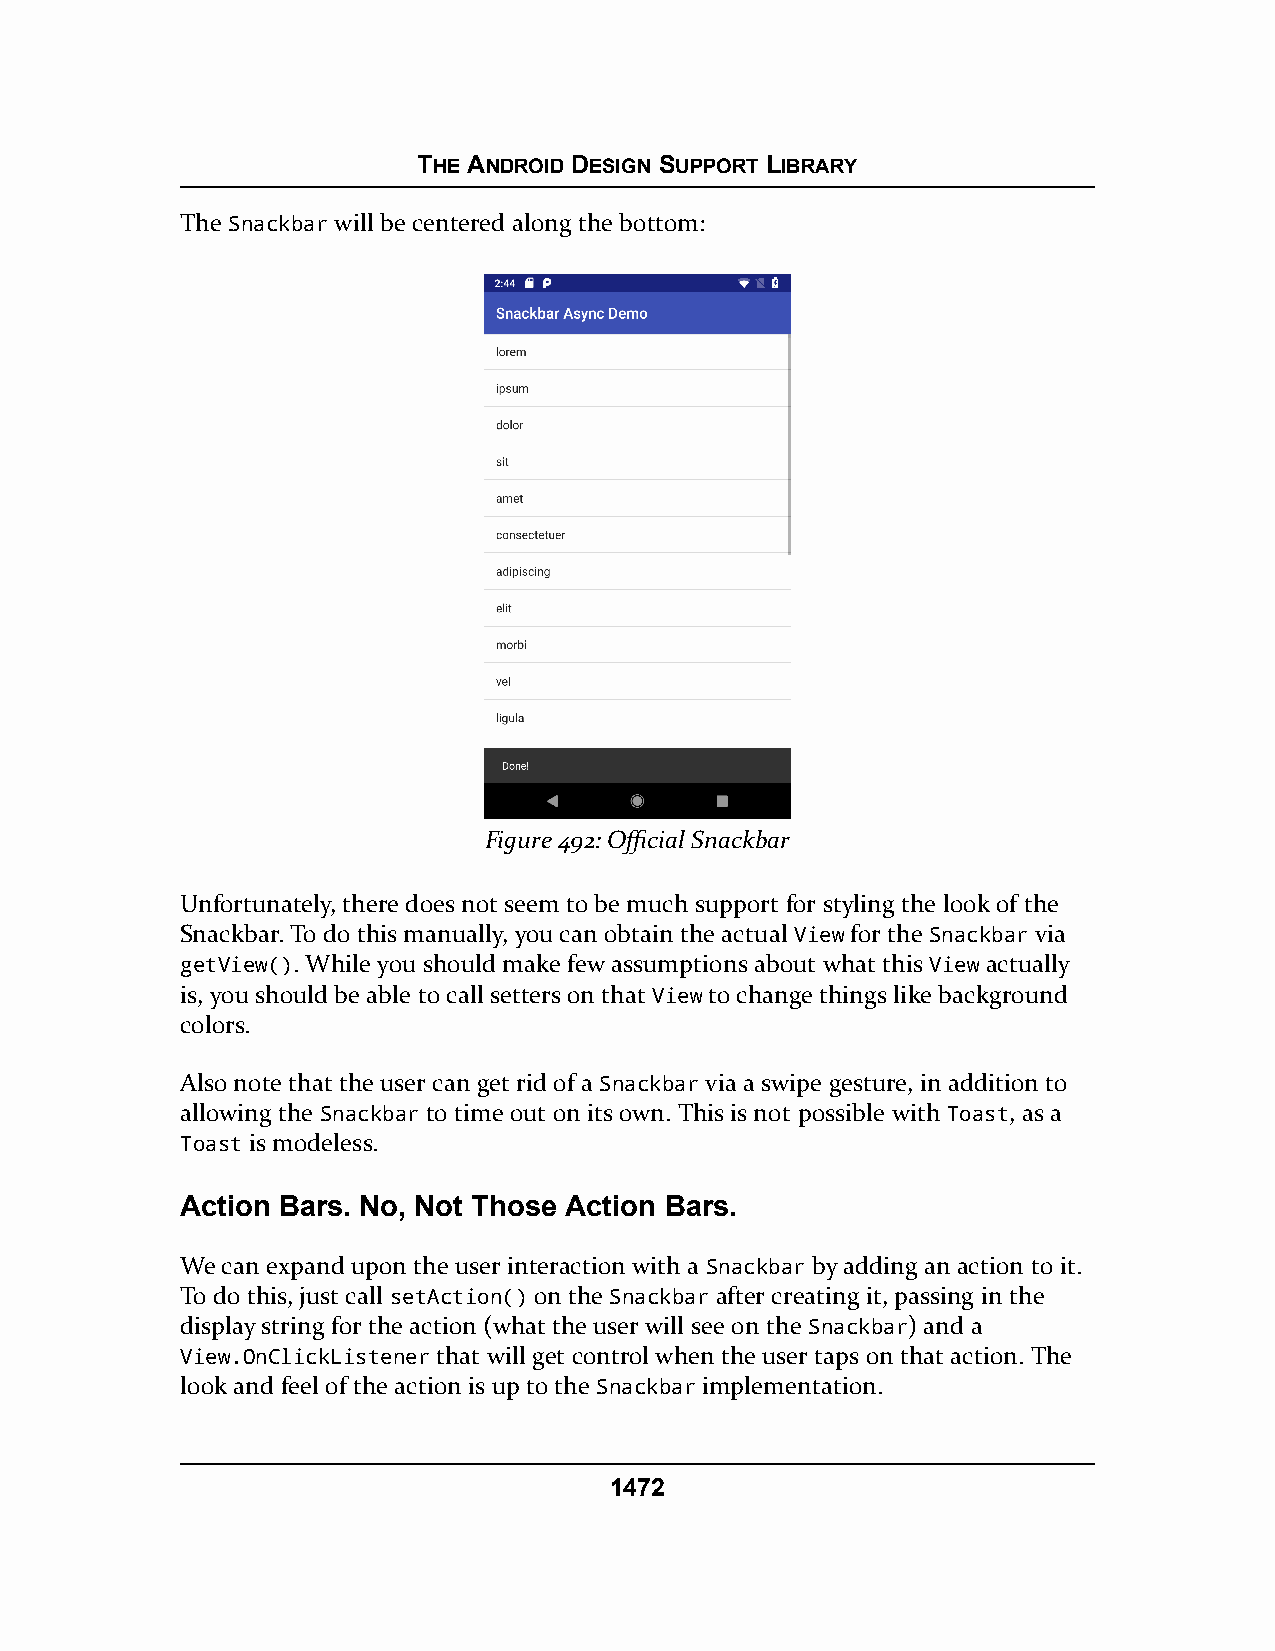
THE ANDROID DESIGN SUPPORT LIBRARY
 The Snackbar will be centered along the bottom:
 Figure 492: Official Snackbar
 Unfortunately, there does not seem to be much support for styling the look of the
 Snackbar. To do this manually, you can obtain the actual View for the Snackbar via
 getView(). While you should make few assumptions about what this View actually
 is, you should be able to call setters on that View to change things like background
 colors.
 Also note that the user can get rid of a Snackbar via a swipe gesture, in addition to
 allowing the Snackbar to time out on its own. This is not possible with Toast, as a
 Toast is modeless.
 Action Bars. No, Not Those Action Bars.
 We can expand upon the user interaction with a Snackbar by adding an action to it.
 To do this, just call setAction() on the Snackbar after creating it, passing in the
 display string for the action (what the user will see on the Snackbar) and a
 View.OnClickListener that will get control when the user taps on that action. The
 look and feel of the action is up to the Snackbar implementation.
 1472